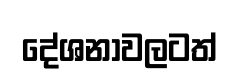
දේශනාවලටත්